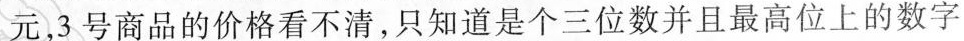
元，3号商品的价格看不清，只知道是个三位数并且最高位上的数字